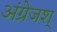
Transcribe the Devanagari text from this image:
अंग्रेजश्